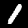
Digit: 1